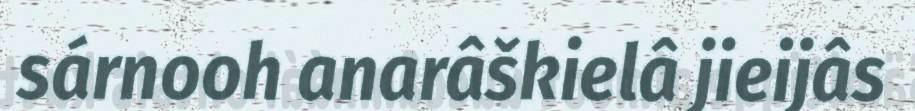
sárnooh anarâškielâ jieijâs